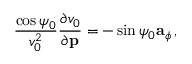
\frac { \cos \psi _ { 0 } } { v _ { 0 } ^ { 2 } } \frac { \partial v _ { 0 } } { \partial { \bf p } } = - \sin \psi _ { 0 } { \bf a } _ { \phi } \, ,